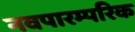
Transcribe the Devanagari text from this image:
नवपारम्परिक